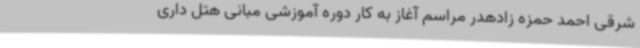
شرقی احمد حمزه زادهدر مراسم آغاز به کار دوره آموزشی مبانی هتل داری